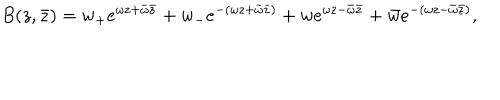
LaTeX: B ( z , \bar { z } ) = w _ { + } e ^ { \omega z + \bar { \omega } \bar { z } } + w _ { - } e ^ { - \left( \omega z + \bar { \omega } \bar { z } \right) } + w e ^ { \omega z - \bar { \omega } \bar { z } } + \bar { w } e ^ { - \left( \omega z - \bar { \omega } \bar { z } \right) } ,